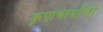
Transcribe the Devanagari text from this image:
कृपाचार्यांची